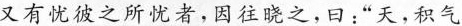
又有忧彼之所忧者，因往晓之，曰：”天，积气